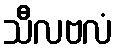
သီလဗလံ